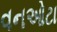
વનઓટા